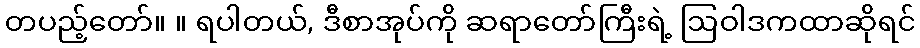
တပည့်တော်။ ။ ရပါတယ်, ဒီစာအုပ်ကို ဆရာတော်ကြီးရဲ့ ဩဝါဒကထာဆိုရင်